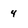
Character: 4